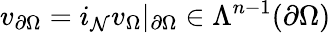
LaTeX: v_{\partial\Omega}=i_{\mathcal{N}}v_{\Omega}|_{\partial\Omega}\in\Lambda^{n-1}(\partial\Omega)